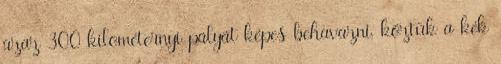
azaz 300 kilométernyi pályát képes behavazni, köztük a kék